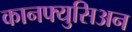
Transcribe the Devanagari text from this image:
कानफ्युसिअन